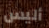
أليس